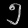
Digit: ၅